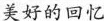
美好的回忆